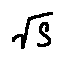
\sqrt { S }